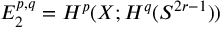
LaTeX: E _ { 2 } ^ { p , q } = H ^ { p } ( X ; H ^ { q } ( S ^ { 2 r - 1 } ) )